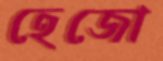
হেজো